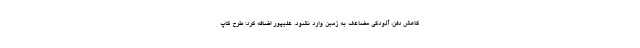
کاهش دفن، آلودگی مضاعف به زمین وارد نشود. علیپور اضافه کرد: طرح کاپ